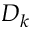
D _ { k }